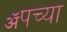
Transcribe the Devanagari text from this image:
ॲपच्या